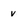
Character: v